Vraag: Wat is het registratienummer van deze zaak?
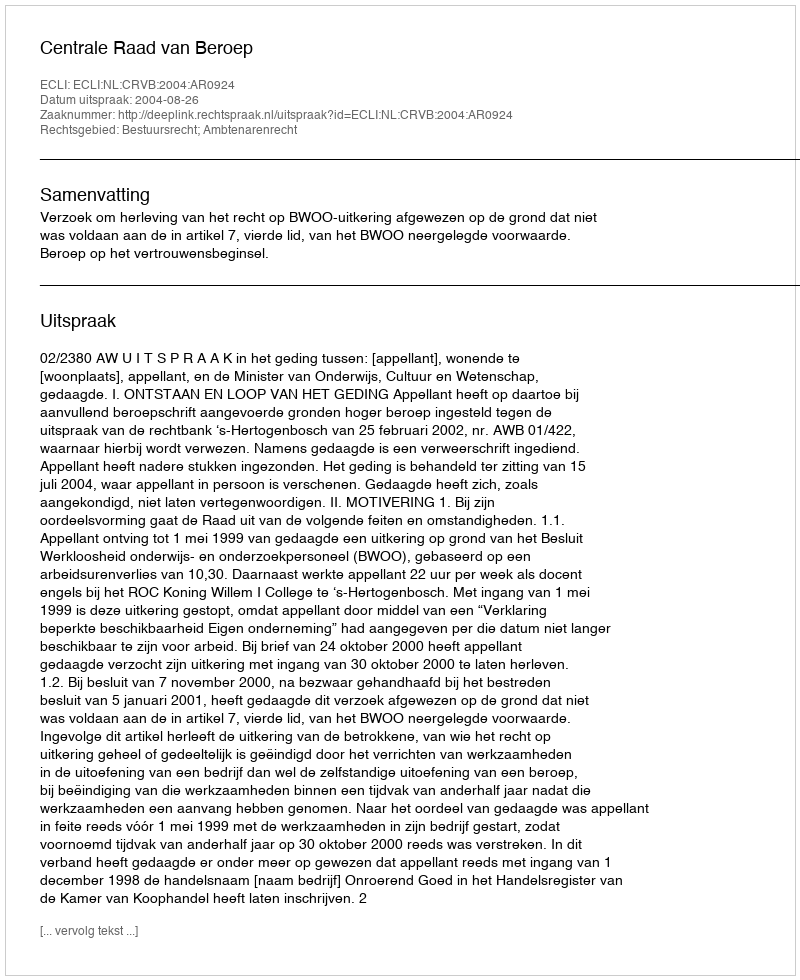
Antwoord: http://deeplink.rechtspraak.nl/uitspraak?id=ECLI:NL:CRVB:2004:AR0924